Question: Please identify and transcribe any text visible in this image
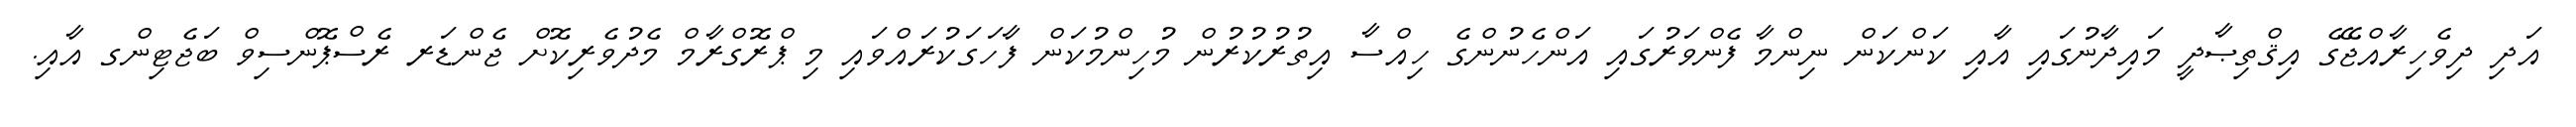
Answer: އަދި ދިވެހިރާއްޖޭގެ އިޤްތިޞާދީ މައިދާނުގައި އާއި ކަންކަން ނިންމާ ފެންވަރުގައި އަންހެނުންގެ ހިއްސާ އިތުރުކުރުން މުހިންމުކަން ފާހަގަކުރައްވައި މި ޕްރޮގްރާމް މެދުވެރިކޮށް ޖެންޑަރ ރެސްޕޮންސިވް ބަޖެޓިންގ އާއި.